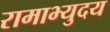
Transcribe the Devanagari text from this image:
रामाभ्युदय